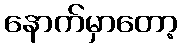
နောက်မှာတော့